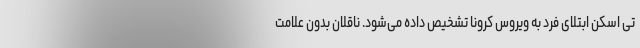
تی اسکن ابتلای فرد به ویروس کرونا تشخیص داده می‌شود. ناقلان بدون علامت